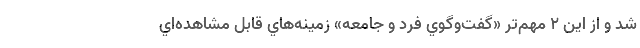
شد و از اين 2 مهم‌تر «گفت‌وگوي فرد و جامعه» زمينه‌هاي قابل مشاهده‌اي